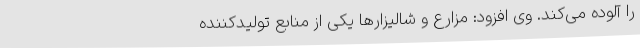
را آلوده می‌کند. وی افزود: مزارع و شالیزارها یکی از منابع تولیدکننده